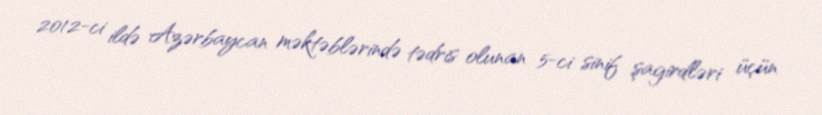
2012-ci ildə Azərbaycan məktəblərində tədris olunan 5-ci sinif şagirdləri üçün